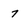
Character: 7